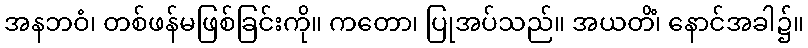
အနဘဝံ၊ တစ်ဖန်မဖြစ်ခြင်းကို။ ကတော၊ ပြုအပ်သည်။ အယတိံ၊ နောင်အခါ၌။